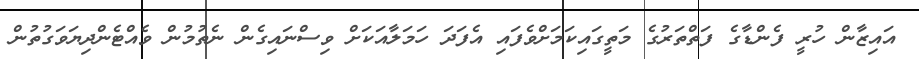
އައިޒާން ހުރީ ފެންޑާގެ ފަތްތަރުގެ މަތީގައިކަމަށްވެފައި އެފަދަ ހަމަލާއަކަށް ވިސްނައިގެން ނެތުމުން ވެއްޓެންދިޔަވަގުތުން